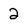
Character: 2